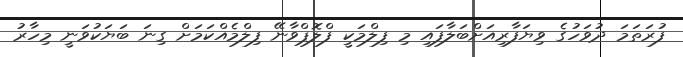
ފުރަތަމަ ދުވަހުގެ ވިޔަފާރިއަށްބަލާފައި މި ފިލްމަކީ ފްލޮޕްވާނޭ ފިލްމެއްކަމަށް ގިނަ ބަޔަކުވަނީ މިހާރު